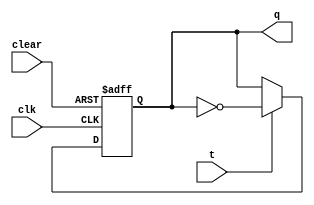
`timescale 1ms/1ns 

module tff (q, t, clk, clear) ;
	input t, clk, clear ;
	output reg q ;
	
	always @(posedge clk or posedge clear)
	begin
		if (clear)
			q <= 1'b0 ;
		else begin
			if (t == 0)
				q <= q ;
			else
				q <= ~q ;	
		end
	end
endmodule 

module counter4 (a, clk, clear) ;
	input clk, clear ;
	output[3:0] a ;
	
	wire w1, w2 ;
	
	tff t0 (a[0], 1'b1, clk, clear) ;
	tff t1 (a[1], a[0], clk, clear) ;
	
	and (w1, a[0], a[1]) ;
	tff t2 (a[2], w1, clk, clear) ;
	
	and (w2, w1, a[2]) ;
	tff t3(a[3], w2, clk, clear) ;
endmodule

module counter3 (a, clk, clear) ;
	input clk, clear ;
	output[2:0] a ;
	
	wire w1, w2 ;
	
	tff t0 (a[0], 1'b1, clk, clear) ;
	tff t1 (a[1], a[0], clk, clear) ;
	
	and (w1, a[0], a[1]) ;
	tff t2 (a[2], w1, clk, clear) ;
endmodule

module mux_small (out, sel, in0, in1) ;
	input in0, in1, sel ;
	output out ;
	
	assign out = (sel) ? in1 : in0 ;
endmodule

module mux_big (out, sel, in) ;
	input[7:0] in ;
	input[2:0] sel ;
	output out ;
	
	wire[3:0] w1 ;
	mux_small m10 (w1[0], sel[0], in[0], in[1]) ;
	mux_small m11 (w1[1], sel[0], in[2], in[3]) ;
	mux_small m12 (w1[2], sel[0], in[4], in[5]) ;
	mux_small m13 (w1[3], sel[0], in[6], in[7]) ;
	
	wire[1:0] w2 ;
	mux_small m20 (w2[0], sel[1], w1[0], w1[1]) ;
	mux_small m21 (w2[1], sel[1], w1[2], w1[3]) ;
	
	mux_small m3 (out, sel[2], w2[0], w2[1]) ;
endmodule

module memory (data, addr) ;
	input[3:0] addr ;
	output reg [7:0] data ;
	
	integer i ;
	
	reg[7:0] mem [15:0] ;
	initial begin
		mem[0] = 8'hCC ;
		mem[1] = 8'hAA ;
		mem[2] = 8'hCC ;
		mem[3] = 8'hAA ;
		mem[4] = 8'hCC ;
		mem[5] = 8'hAA ;
		mem[6] = 8'hCC ;
		mem[7] = 8'hAA ;
		mem[8] = 8'hCC ;
		mem[9] = 8'hAA ;
		mem[10] = 8'hCC ;
		mem[11] = 8'hAA ;
		mem[12] = 8'hCC ;
		mem[13] = 8'hAA ;
		mem[14] = 8'hCC ;
		mem[15] = 8'hAA ;
	end
	
	always @(addr) begin
		i = addr ;
		data = mem[i] ;
	end
endmodule
	

module intg (wave, clk1, clear) ;
	input clk1, clear ;
	output wave ;
	
	wire[2:0] a ;
	counter3 count3 (a, clk1, clear) ;
	
	wire clk2 ;
	and (clk2, a[2], a[1], a[0]) ;
	
	wire[3:0] b ;
	counter4 count4 (b, clk2, clear) ;
	
	wire[7:0] data ;
	memory m (data, b) ;
	
	mux_big mb (wave, a, data) ;
endmodule 



module tb ;
	reg clk1, clear ;
	wire wave ;
	
	integer i ;
	
	intg integrate (wave, clk1, clear) ;
	
	always #0.5 clk1 = ~clk1 ;
	
	initial begin
	clk1 = 0 ;
	clear = 0 ;
	
	$dumpfile ("plot.vcd") ;
	$dumpvars (0, tb) ;
	
	#0.1 clear = 1 ;
	#0.1 clear = 0 ;
	#0.3 ;
	for (i = 0 ; i < 100 ; i++) begin
	#1 ;
	end
	
	$finish ;
	
	
	end
endmodule